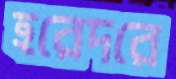
হরেদরে